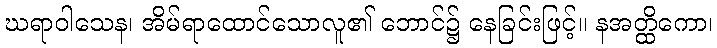
ဃရာဝါသေန၊ အိမ်ရာထောင်သောလူ၏ ဘောင်၌ နေခြင်းဖြင့်။ နအတ္ထိကော၊